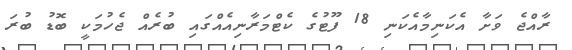
ރާއްޖެ ވަށާ އެކަނިމާއެކަނި 18 ފޫޓުގެ ކެޓްމަރާނިއެއްގައި ބުރެއް ޖެހުމަކީ ބޮޑު ބުރަ